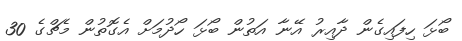
ބޯޅަ ހިފައިގެން ދާއިރު އޭނާ އަތުން ބޯޅަ ހޯދުމަށް އެގޮތުން މެޗްގެ 30